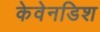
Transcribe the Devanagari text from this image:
केवेनडिश